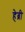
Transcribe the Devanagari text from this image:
हेब्री